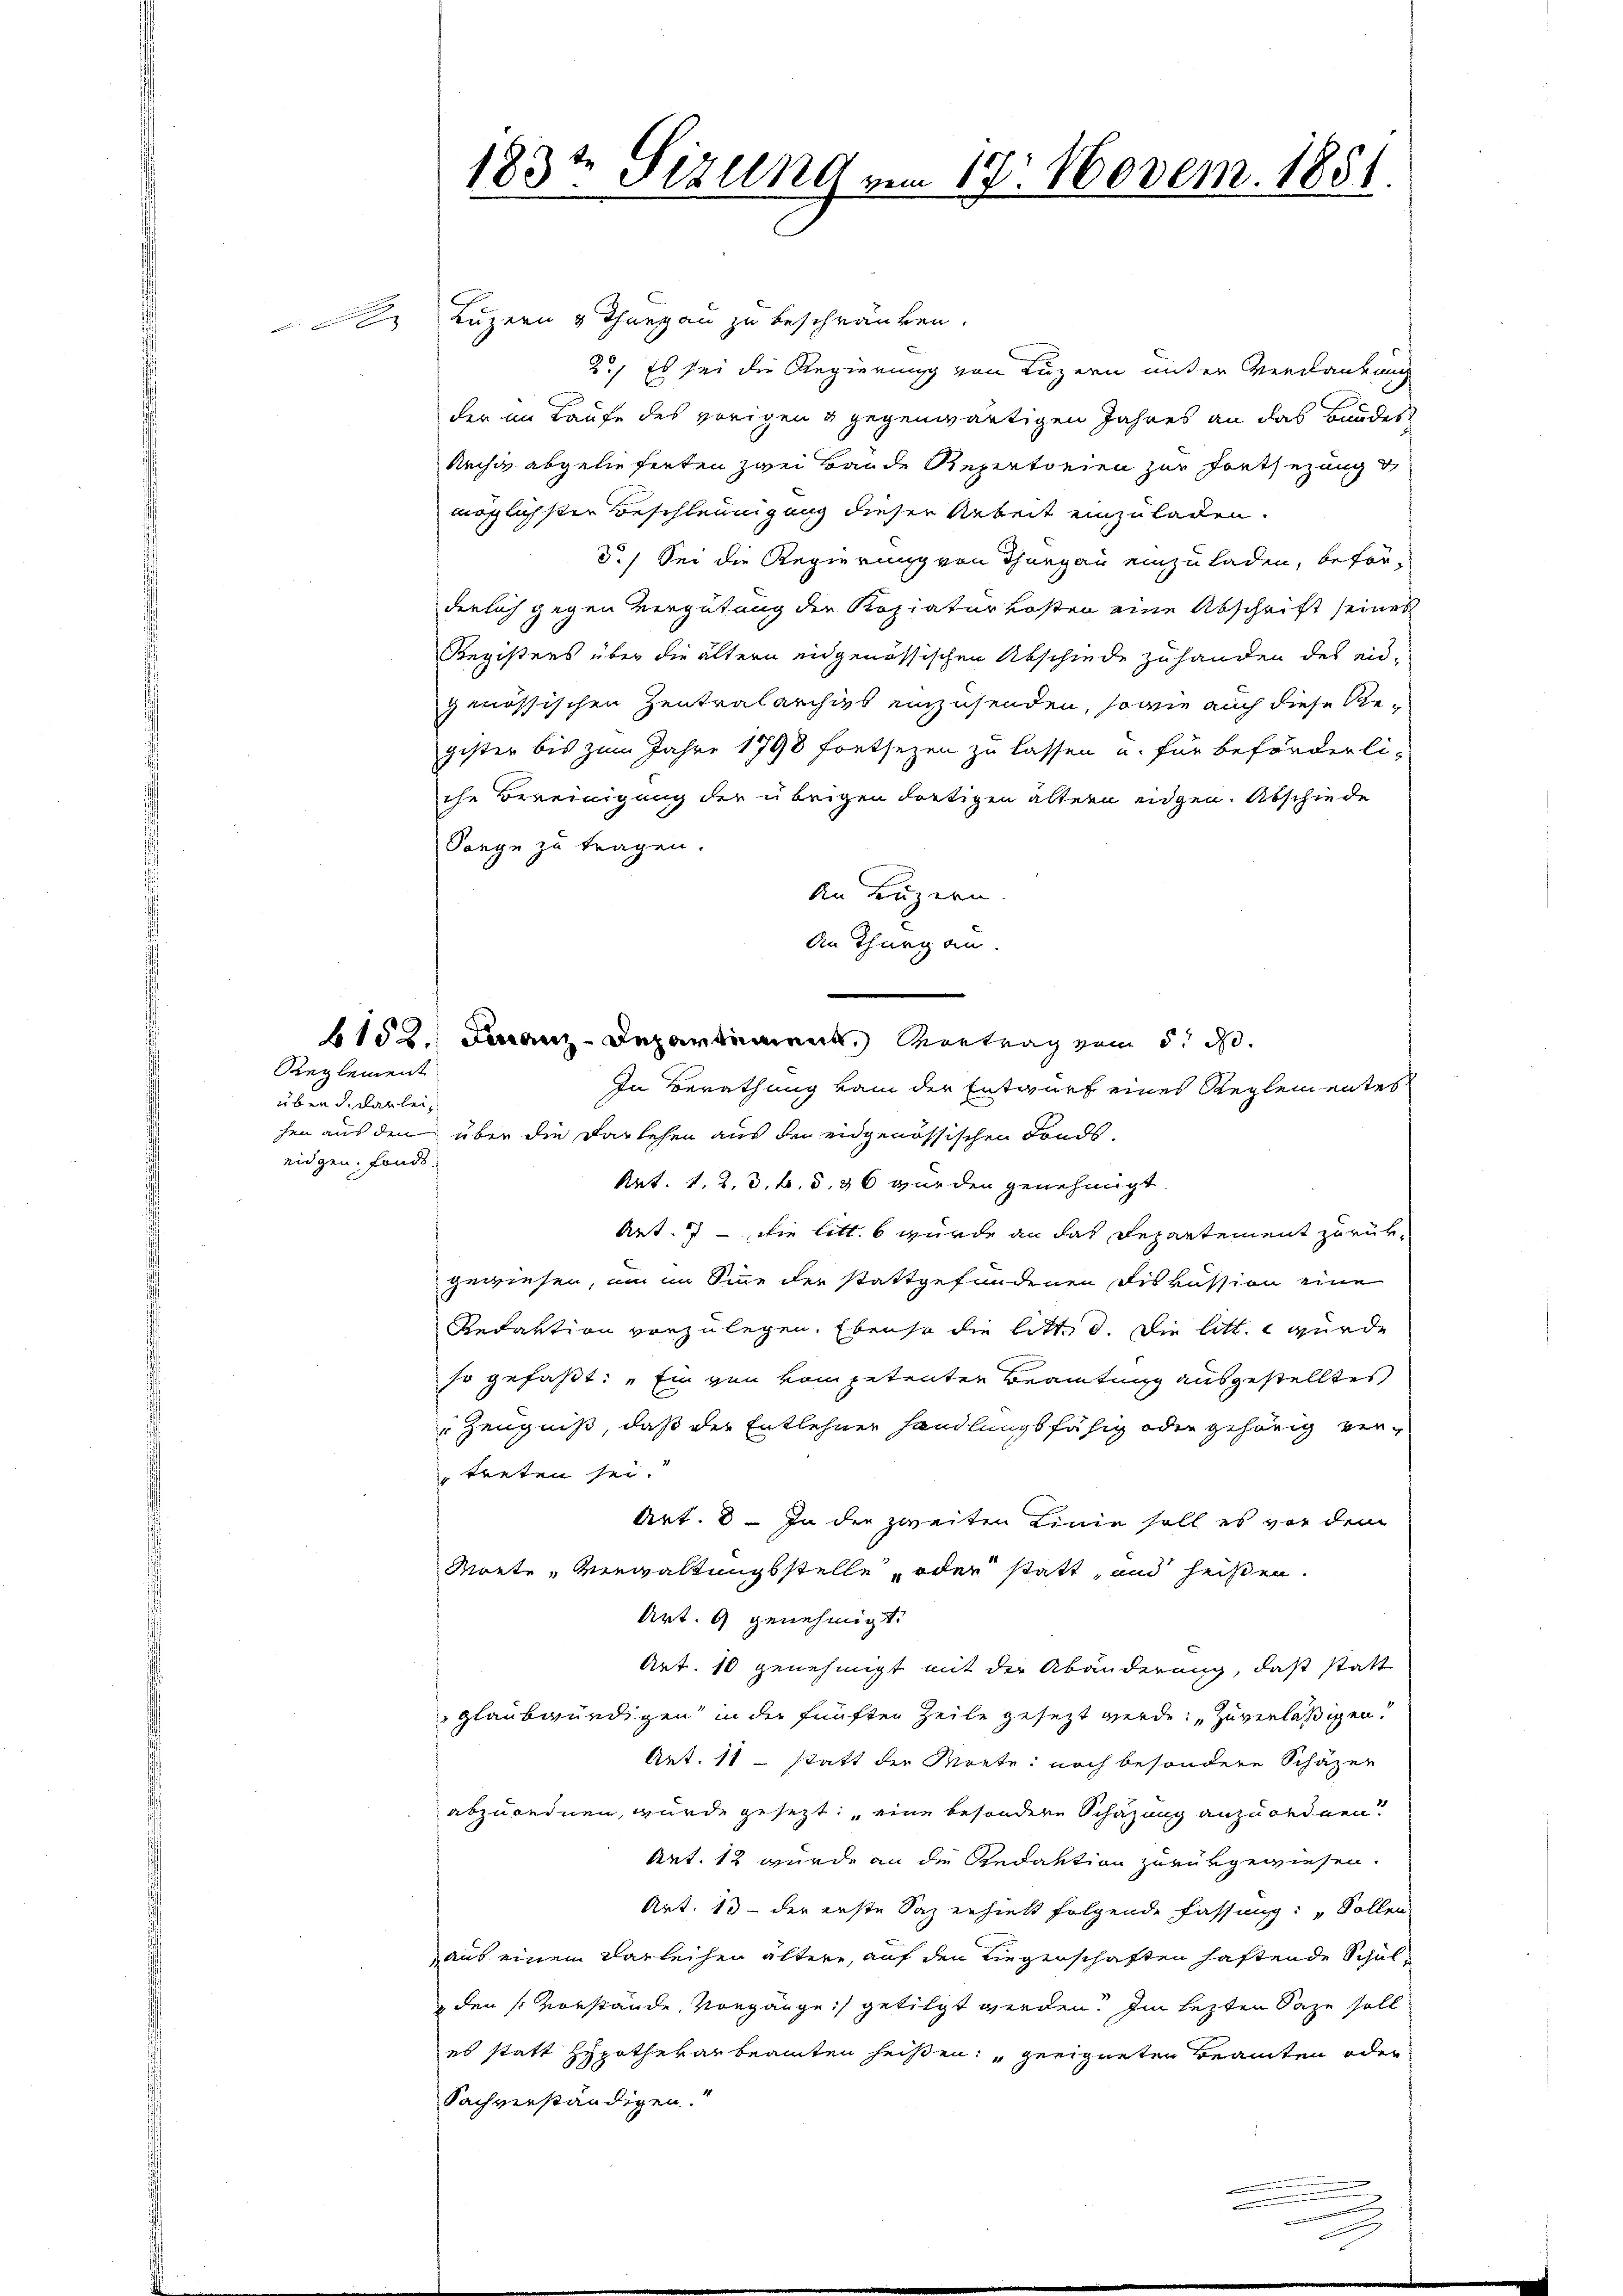
A

Reglement
über de darbei,
eidgen. Fonds

Luzern v Thurgau zu beschränken.
2., Es sei die Regierung von Luzern unter Verdankung
der im Laufe des vorigen & gegenwärtigen Jahres an das Bundes¬
Rechte abgelieferten zwei Hande Repertonien zur Fortsezung
möglichster Beschleunigung dieser Arbeit einzuladen.
3.) Sei die Regierung von Thurgau einzuladen, beförderlich gegen Vergütung der Kopiaturkosten eine Abschrift seines
Registers über die ältern eidgenössischen Abschiede zuhanden des eid-
genössischen Zentralarchivs einzusenden, sowie auch diese Re-
gister bis zum Jahre 1798 fortsezen zu lassen u. für beförderli-
che Bereinigung der übrigen dortigen ältern eidgen. Abschiede
Sange zu tragen.
An Luzern.
An Thurgau.
In Berathung vom der Entwurf eines Reglementes
hen aus den über die Darlehen aus den eidgenössischen Fonds-
Art. 1. 2. 3. b. S. 36 wurden genehmigt.
Art. 7 - Die litt. 6 wurde an das Departement zurükgewiesen, um im Sinne der stattgefundenen Diskussion eine
Redaktion vorzulegen. Ebenso die litt. d. Die litt. e wurde
so gefaßt: „Ein von vom petenten Beamtung ausgestelltes
Zeugniß, daß der Entlehner handlungsfähig oder gehörig vertreten sei.
Art. 8. In der zweiten Linie soll es vor dem
Morte „Verwaltungsstelle, oder statt, und heißen.
Art. 9 genehmigt.
Art. 10 genehmigt mit der Abänderung, daß statt
glaubwürdigen in der fünften Zeile gesezt werde: „Zuverlässigen.
Art. 11 - statt der Monte: noch besondere Schäzer
abzurednen, wurde gesetzt eine besondere Schazung anzuordnen
Art. 12 wurde an die Redaktion zurükgewiesen.
Art. 13. der erste Saz erhielt folgende fassung: „Sollen
aus einem Karleichen ältere, auf den Liegenschaften haftende Schul¬
 den Vorstände Vorgange getilgt werden. Im lezten Sage soll
es statt Hypothekarbeamten heißen: "geeigneten Beamten oder
Sachverständigen.

183t Sizung vom 17. Novem. 1851.

e
6152. Finanz-Departement. Vortrag vom 5. d.